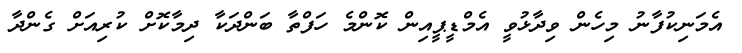
އެމަނިކުފާނު މިހެން ވިދާޅުވީ އެމްޑީޕީއިން ކޮންމެ ހަފްތާ ބަންދަކާ ދިމާކޮށް ކުރިއަށް ގެންދާ